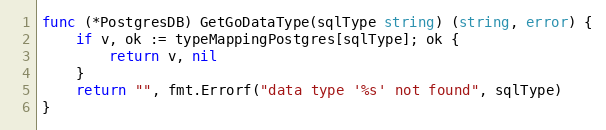
Language: Go
func (*PostgresDB) GetGoDataType(sqlType string) (string, error) {
	if v, ok := typeMappingPostgres[sqlType]; ok {
		return v, nil
	}
	return "", fmt.Errorf("data type '%s' not found", sqlType)
}